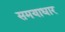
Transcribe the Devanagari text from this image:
समयाधार